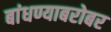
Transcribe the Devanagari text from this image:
बांधण्याबरोबर